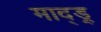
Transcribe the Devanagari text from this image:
माद्ड्र्